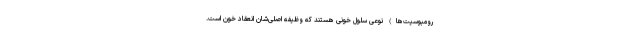
رومبوسیت‌ها) نوعی سلول‌ خونی هستند که وظیفه اصلی‌شان انعقاد خون است.